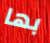
بها